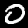
Label: 0